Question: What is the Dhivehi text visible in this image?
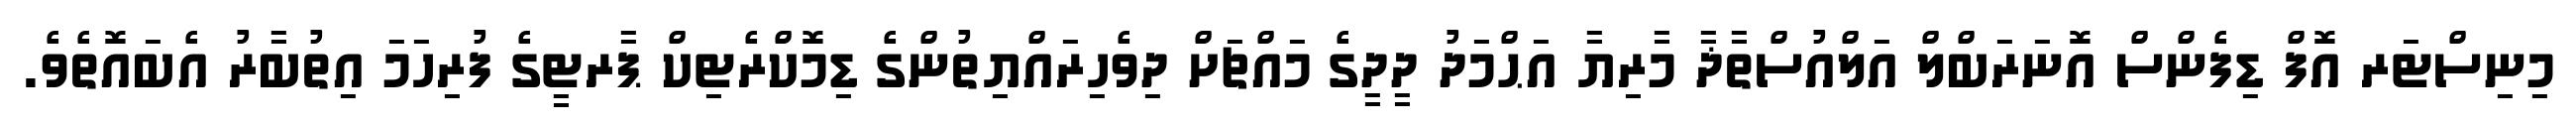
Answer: މިނިސްޓަރ އޮފް ޑިފެންސް އޮނަރަބްލް އަލްއުސްތާޛާ މާރިޔާ އަޙްމަދު ދީދީގެ މައްޗަށް ދިވެހިރައްޔިތުންގެ ޑިމޮކްރެޓިކް ޕާރޓީގެ ފުރިހަމަ އިތުބާރު އެބައޮތެވެ.